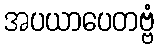
အပယာပေတဗ္ဗံ